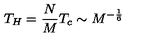
T _ { H } = \frac { N } { M } T _ { c } \sim M ^ { - \frac { 1 } { 6 } }